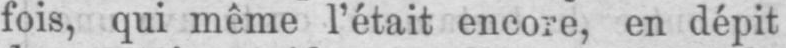
fois, qui même l’était encore, en dépit